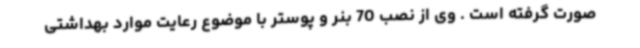
صورت گرفته است . وی از نصب 70 بنر و پوستر با موضوع رعایت موارد بهداشتی